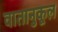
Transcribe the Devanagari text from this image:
वातानुकूल